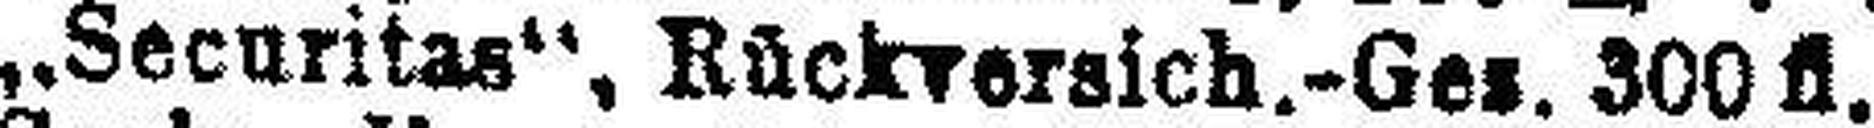
„Securitas“, Rückversich.-Ges. 300 fl.